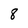
Character: 8